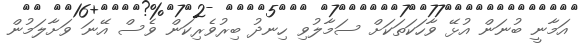
އަމާނީ ބުނަން އުޅޭ ވާހަކަތަކަށް ސަމާލުވި ހިނދު ބިރުވެރިކަން ވެސް އޭނަ ވަށާލަމުން